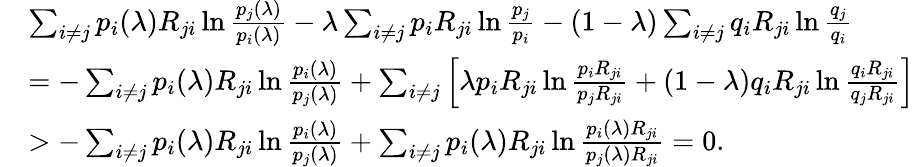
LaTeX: \begin{array}{rl}&{\sum_{i\ne j}p_{i}(\lambda)R_{ji}\ln\frac{p_{j}(\lambda)}{p_{i}(\lambda)}-\lambda\sum_{i\ne j}p_{i}R_{ji}\ln\frac{p_{j}}{p_{i}}-(1-\lambda)\sum_{i\ne j}q_{i}R_{ji}\ln\frac{q_{j}}{q_{i}}}\\ &{=-\sum_{i\ne j}p_{i}(\lambda)R_{ji}\ln\frac{p_{i}(\lambda)}{p_{j}(\lambda)}+\sum_{i\ne j}\left[\lambda p_{i}R_{ji}\ln\frac{p_{i}R_{ji}}{p_{j}R_{ji}}+(1-\lambda)q_{i}R_{ji}\ln\frac{q_{i}R_{ji}}{q_{j}R_{ji}}\right]}\\ &{>-\sum_{i\ne j}p_{i}(\lambda)R_{ji}\ln\frac{p_{i}(\lambda)}{p_{j}(\lambda)}+\sum_{i\ne j}p_{i}(\lambda)R_{ji}\ln\frac{p_{i}(\lambda)R_{ji}}{p_{j}(\lambda)R_{ji}}=0.}\end{array}